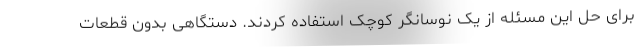
برای حل این مسئله از یک نوسانگر کوچک استفاده کردند. دستگاهی بدون قطعات